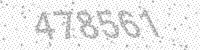
Solution: 478561